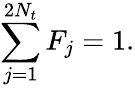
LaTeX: \sum_{j=1}^{2N_{t}}{F_{j}}=1.